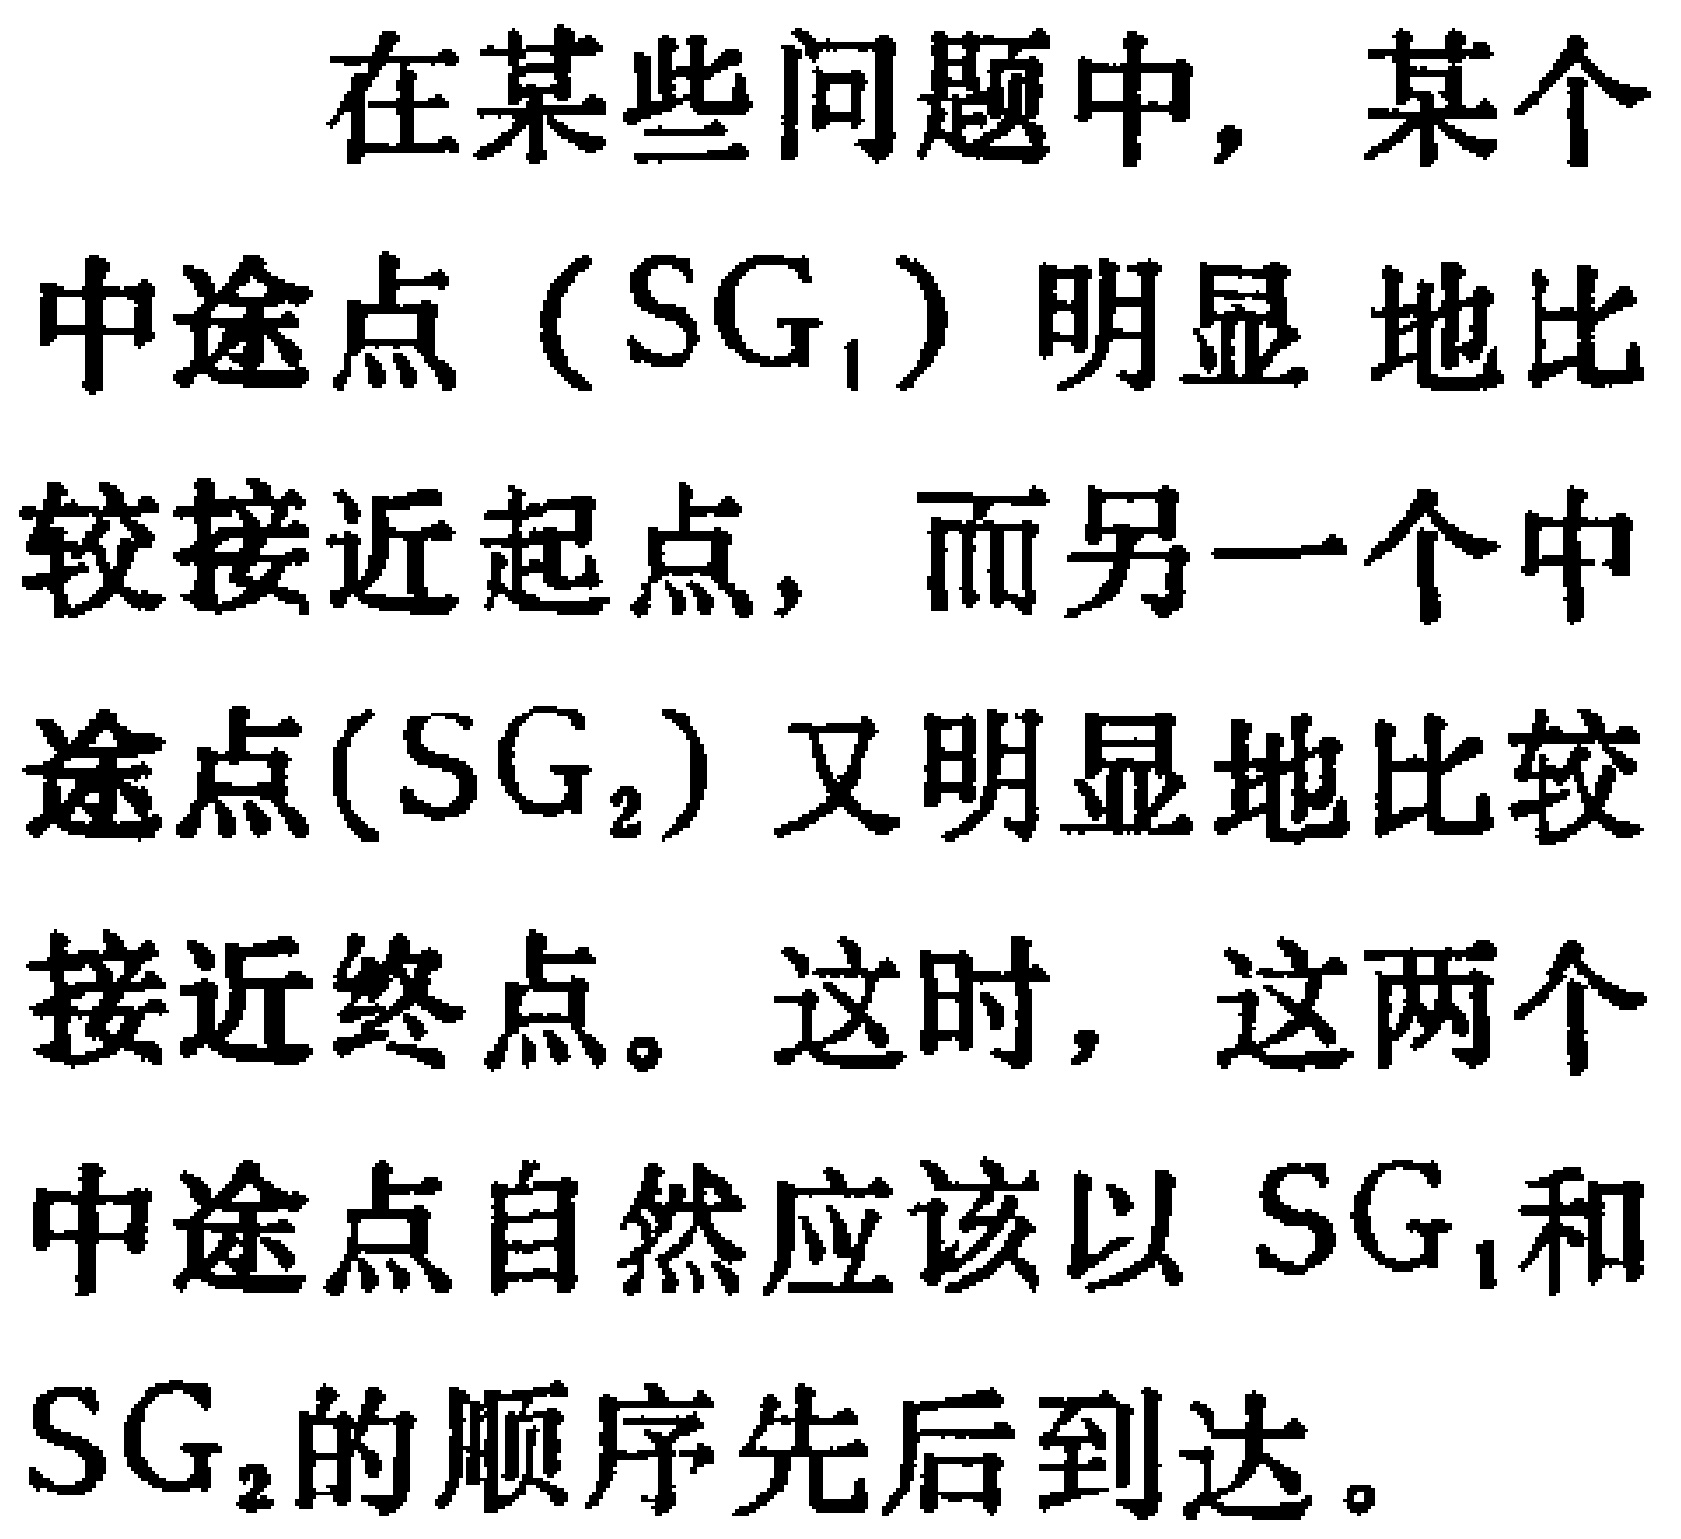
在某些问题中，某个中途点（$SG_1$）明显地比较接近起点，而另一个中途点($SG_2$) 又明显地比较接近终点。这时，这两个中途点自然应该以 $SG_1$和$SG_2$的顺序先后到达。